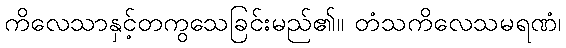
ကိလေသာနှင့်တကွသေခြင်းမည်၏။ တံသကိလေသမရဏံ၊